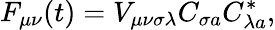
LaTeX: F_{\mu\nu}\! \left(t\right)=V_{\mu\nu\sigma\lambda}C_{\sigma a}C_{\lambda a}^{*},